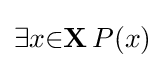
\exists {x}{\in }\mathbf {X} \,P(x)